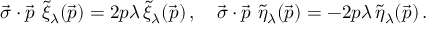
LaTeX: \vec { \sigma } \cdot \vec { p } \, \, \tilde { \xi } _ { \lambda } ( \vec { p } ) = 2 p \lambda \, \tilde { \xi } _ { \lambda } ( \vec { p } ) \, , \quad \vec { \sigma } \cdot \vec { p } \, \, \tilde { \eta } _ { \lambda } ( \vec { p } ) = - 2 p \lambda \, \tilde { \eta } _ { \lambda } ( \vec { p } ) \, .